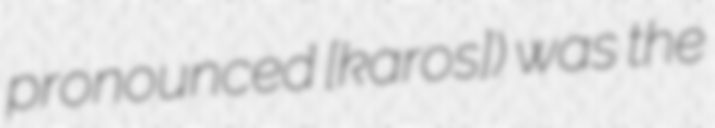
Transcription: pronounced [ǐːkaros]) was the